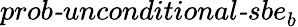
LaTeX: \textit{prob-unconditional-sbe}_{b}